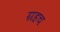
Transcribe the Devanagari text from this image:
ग्रहच